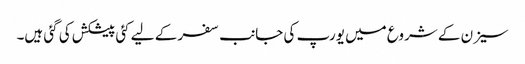
سیزن کے شروع میں یورپ کی جانب سفر کے لیے کئی پیشکش کی گئی ہیں۔